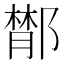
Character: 𨝵